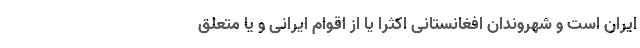
ایران است و شهروندان افغانستانی اکثراً یا از اقوام ایرانی و یا متعلق